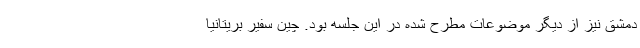
دمشق نیز از دیگر موضوعات مطرح شده در این جلسه بود. چین سفیر بریتانیا